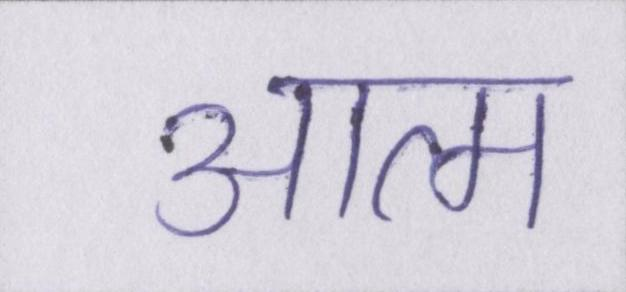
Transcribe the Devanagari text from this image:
आत्म